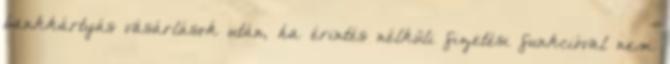
bankkártyás vásárlások után, ha érintés nélküli fizetési funkcióval nem